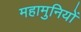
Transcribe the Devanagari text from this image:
महामुनियों